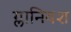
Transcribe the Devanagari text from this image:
ग्लानिवश